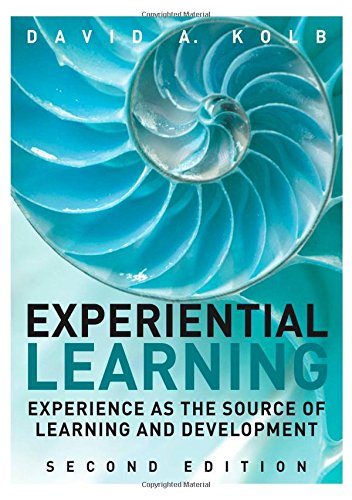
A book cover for Experiential Learning: Experience as the Source of Learning and Development (2nd Edition); David A. Kolb; Business & Money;